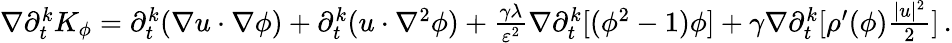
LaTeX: \begin{array}{r}{\nabla\partial_{t}^{k}K_{\phi}=\partial_{t}^{k}(\nabla u\cdot\nabla\phi)+\partial_{t}^{k}(u\cdot\nabla^{2}\phi)+\frac{\gamma\lambda}{\varepsilon^{2}}\nabla\partial_{t}^{k}[(\phi^{2}-1)\phi]+\gamma\nabla\partial_{t}^{k}[\rho^{\prime}(\phi)\frac{|u|^{2}}{2}]\, .}\end{array}